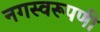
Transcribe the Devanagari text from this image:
नगस्वरूपणी